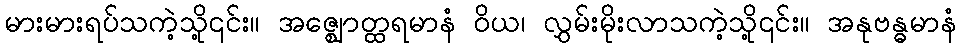
မားမားရပ်သကဲ့သို့၎င်း။ အဇ္ဈောတ္ထရမာနံ ဝိယ၊ လွှမ်းမိုးလာသကဲ့သို့၎င်း။ အနုဗန္ဓမာနံ